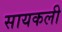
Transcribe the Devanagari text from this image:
सायकली